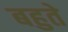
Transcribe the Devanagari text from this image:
बहुते